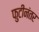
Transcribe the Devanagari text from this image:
फुटीनंतर